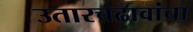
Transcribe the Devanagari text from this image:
उतारचढावांचा